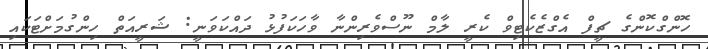
ހޮންގްކޮންގެ ޗީފް އެގްޒެކެޓިވް ކެރީ ލާމް ނޫސްވެރިންނާ ވާހަކަފުޅު ދައްކަވަނީ: ޝަރީއަތް ހިންގުމަށްޓަކައި